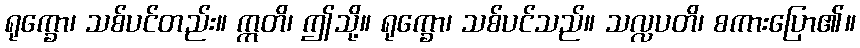
ရုက္ခော၊ သစ်ပင်တည်း။ ဣတိ၊ ဤသို့။ ရုက္ခော၊ သစ်ပင်သည်။ သလ္လပတိ၊ စကားပြော၏။